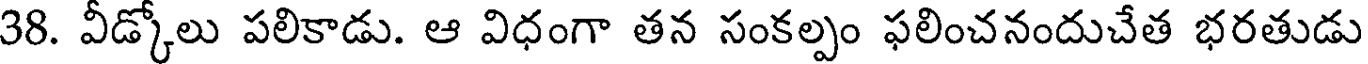
38. వీడ్కోలు పలికాడు. ఆ విధంగా తన సంకల్పం ఫలించనందుచేత భరతుడు